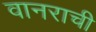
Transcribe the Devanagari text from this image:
वानराची